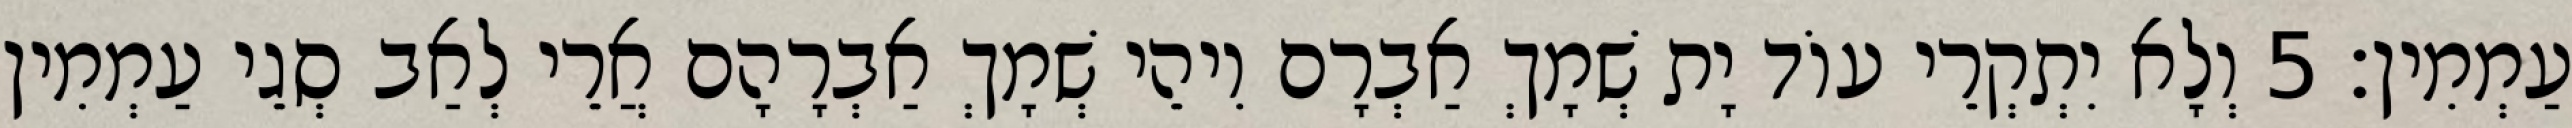
עַמְמִין׃ 5 וְלָא יִתְקְרֵי עוֹד יָת שְׁמָךְ אַבְרָם וִיהֵי שְׁמָךְ אַבְרָהָם אֲרֵי לְאַב סְגֵי עַמְמִין